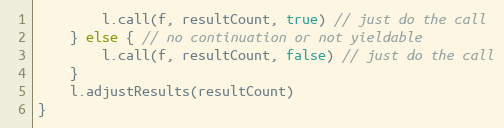
Language: Go
		l.call(f, resultCount, true) // just do the call
	} else { // no continuation or not yieldable
		l.call(f, resultCount, false) // just do the call
	}
	l.adjustResults(resultCount)
}